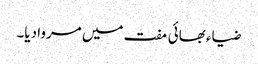
ضیاء بھائی مفت میں مروا دیا۔